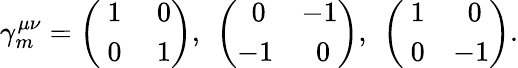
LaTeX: \gamma_{m}^{\mu\nu}=\left(\begin{array}{cc}{{~1}}&{{~0}}\\ {{~0}}&{{~1}}\end{array}\right),~\left(\begin{array}{cc}{{~0}}&{{-1}}\\ {{-1}}&{{~0}}\end{array}\right),~\left(\begin{array}{cc}{{~1}}&{{~0}}\\ {{~0}}&{{-1}}\end{array}\right).